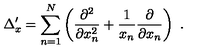
\Delta _ { x } ^ { \prime } = \sum _ { n = 1 } ^ { N } \left( \frac { \partial ^ { 2 } } { \partial x _ { n } ^ { 2 } } + \frac { 1 } { x _ { n } } \frac { \partial } { \partial x _ { n } } \right) \ .